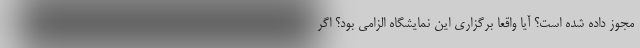
مجوز داده شده است؟ آیا واقعا برگزاری این نمایشگاه الزامی بود؟ اگر